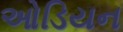
ઓડિયન